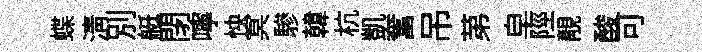
蝶清別艇閉嚀怏冥驂韓杭凱奮吊苐皁陘靚酸可